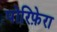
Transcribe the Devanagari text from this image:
पोरिफ़ेरा